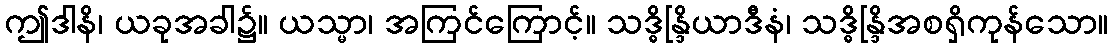
ဤဒါနိ၊ ယခုအခါ၌။ ယသ္မာ၊ အကြင်ကြောင့်။ သဒ္ဓိန္ဒြိယာဒီနံ၊ သဒ္ဓိန္ဒြိအစရှိကုန်သော။